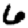
Digit: 6